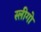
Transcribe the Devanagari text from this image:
स्लीगो